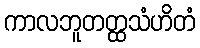
ကာလဘူတတ္ထသံဟိတံ